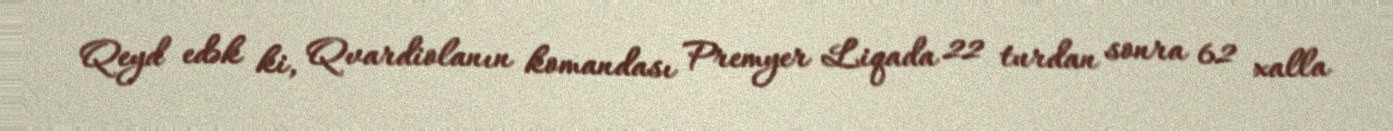
Qeyd edək ki, Qvardiolanın komandası Premyer Liqada 22 turdan sonra 62 xalla